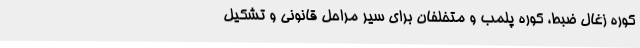
کوره زغال ضبط، کوره پلمب و متخلفان برای سیر مراحل قانونی و تشکیل